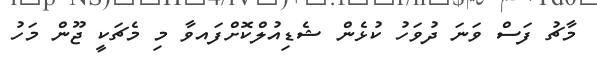
މާޗު ފަސް ވަނަ ދުވަހު ކުޅެން ޝެޑިއުލްކޮށްފައވާ މި މެޗަކީ ޖޫން މަހު